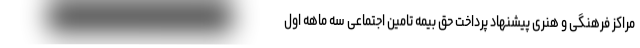
مراکز فرهنگی و هنری پیشنهاد پرداخت حق بیمه تامین اجتماعی سه ماهه اول